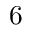
6